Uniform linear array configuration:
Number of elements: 8
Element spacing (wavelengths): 0.75
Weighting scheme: blackman
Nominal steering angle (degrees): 15
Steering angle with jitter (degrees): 14.994
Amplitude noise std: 0.05
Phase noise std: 0.05

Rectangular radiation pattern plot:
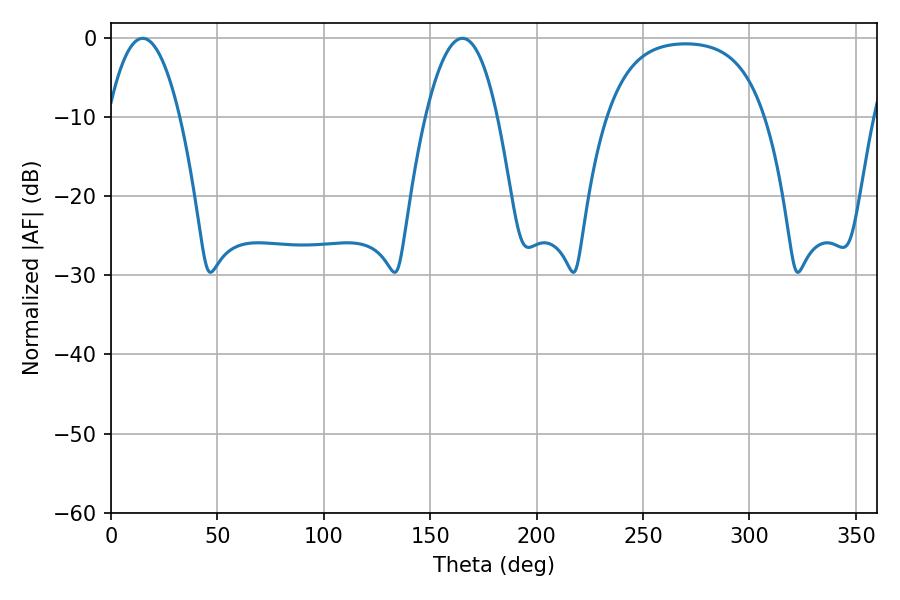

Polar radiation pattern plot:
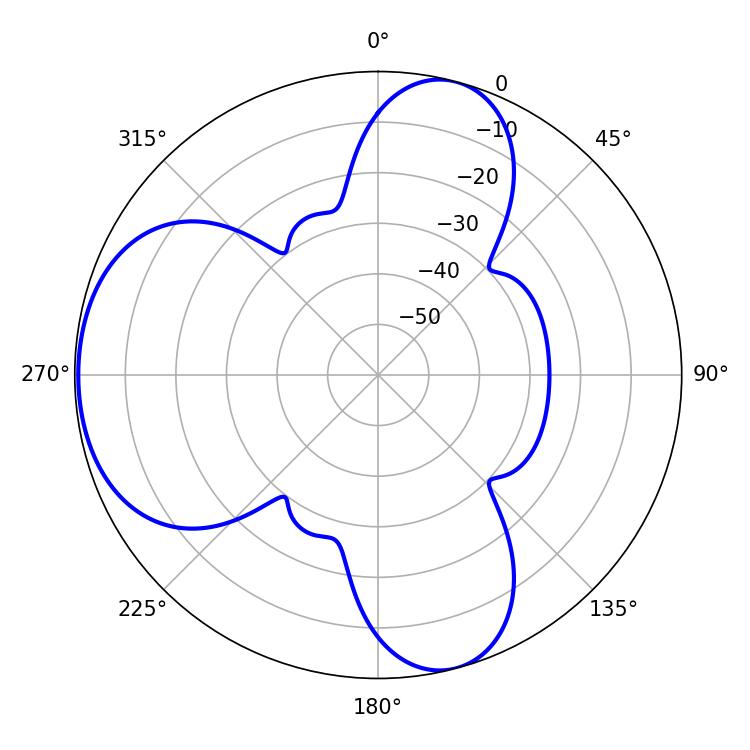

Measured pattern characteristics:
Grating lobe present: TRUE
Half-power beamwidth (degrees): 18.54
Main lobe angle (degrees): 14.94